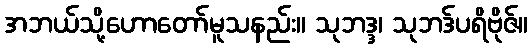
အဘယ်သို့ဟောတော်မူသနည်း။ သုဘဒ္ဒ၊ သုဘဒ်ပရိဗိုဇ်။